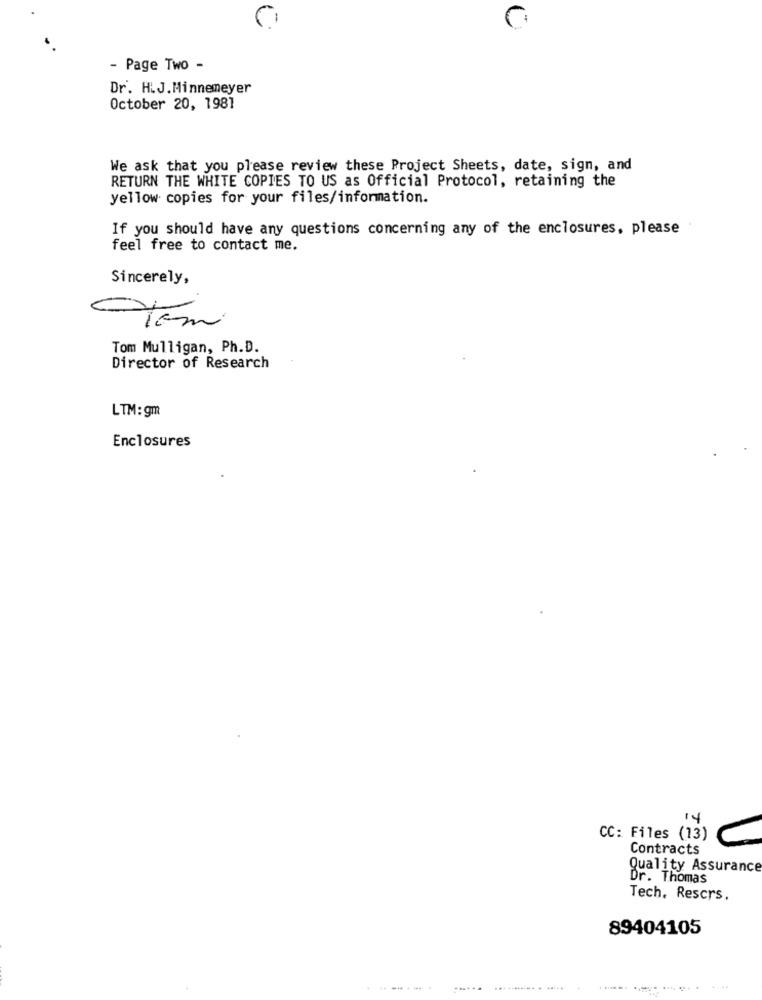
- Page Two -
Dr. HLJ.Minnemeyer
October 20, 1981
We ask that you please review these Project Sheets, date, sign, and
RETURN THE WHITE COPIES TO US as Official Protocol, retaining the
yellow copies for your files/information.
If you should have any questions concerning any of the enclosures, please
feel free to contact me.
Sincerely,
Tom Mulligan, Ph.D.
Director of Research
LTM: gm
Enclosures
14
CC: Files (13)
Contracts
Quality Assurance
Dr. Thomas
Tech. Rescrs.
89404105
............ . ....